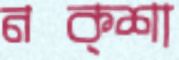
নক্শা